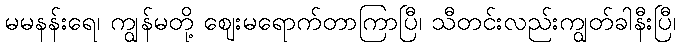
မမနန်းရေ၊ ကျွန်မတို့ ဈေးမရောက်တာကြာပြီ၊ သီတင်းလည်းကျွတ်ခါနီးပြီ၊